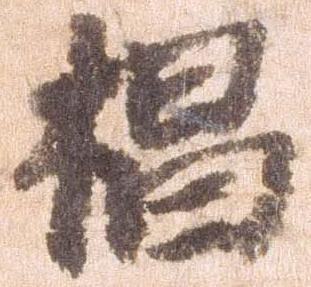
椙